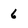
Character: 6